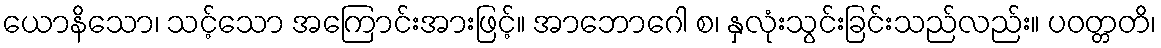
ယောနိသော၊ သင့်သော အကြောင်းအားဖြင့်။ အာဘောဂေါ စ၊ နှလုံးသွင်းခြင်းသည်လည်း။ ပဝတ္တတိ၊